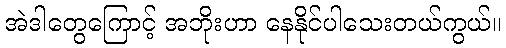
အဲဒါတွေကြောင့် အဘိုးဟာ နေနိုင်ပါသေးတယ်ကွယ်။